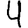
Digit: 4